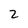
Character: 2